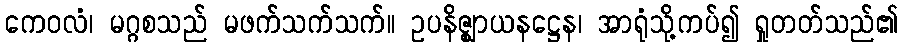
ကေဝလံ၊ မဂ္ဂစသည် မဖက်သက်သက်။ ဥပနိဇ္ဈာယနဋ္ဌေန၊ အာရုံသို့ကပ်၍ ရှုတတ်သည်၏